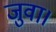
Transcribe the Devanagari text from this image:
जुवा।